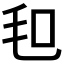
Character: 𣬣